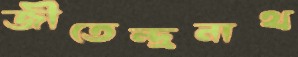
জীতেন্দ্রনাথ